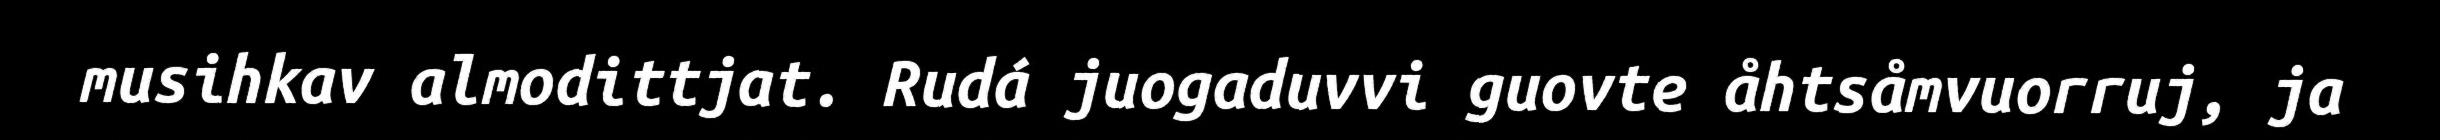
musihkav almodittjat. Rudá juogaduvvi guovte åhtsåmvuorruj, ja